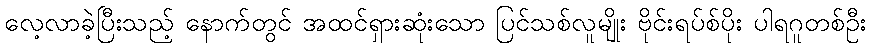
လေ့လာခဲ့ပြီးသည့် နောက်တွင် အထင်ရှားဆုံးသော ပြင်သစ်လူမျိုး ဗိုင်းရပ်စ်ပိုး ပါရဂူတစ်ဦး